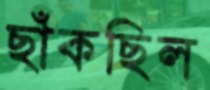
ছাঁকছিল